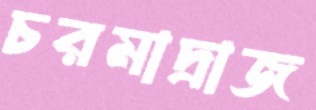
চরমাদ্রাজ